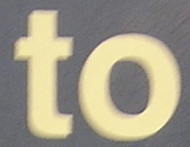
to